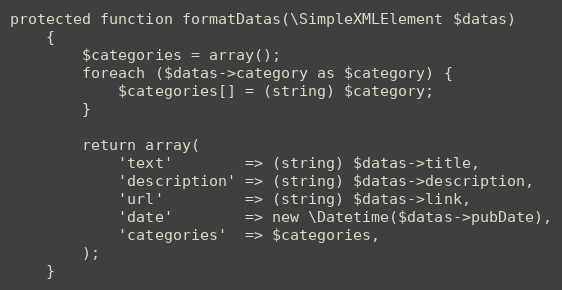
Language: PHP
protected function formatDatas(\SimpleXMLElement $datas)
    {
        $categories = array();
        foreach ($datas->category as $category) {
            $categories[] = (string) $category;
        }

        return array(
            'text'        => (string) $datas->title,
            'description' => (string) $datas->description,
            'url'         => (string) $datas->link,
            'date'        => new \Datetime($datas->pubDate),
            'categories'  => $categories,
        );
    }